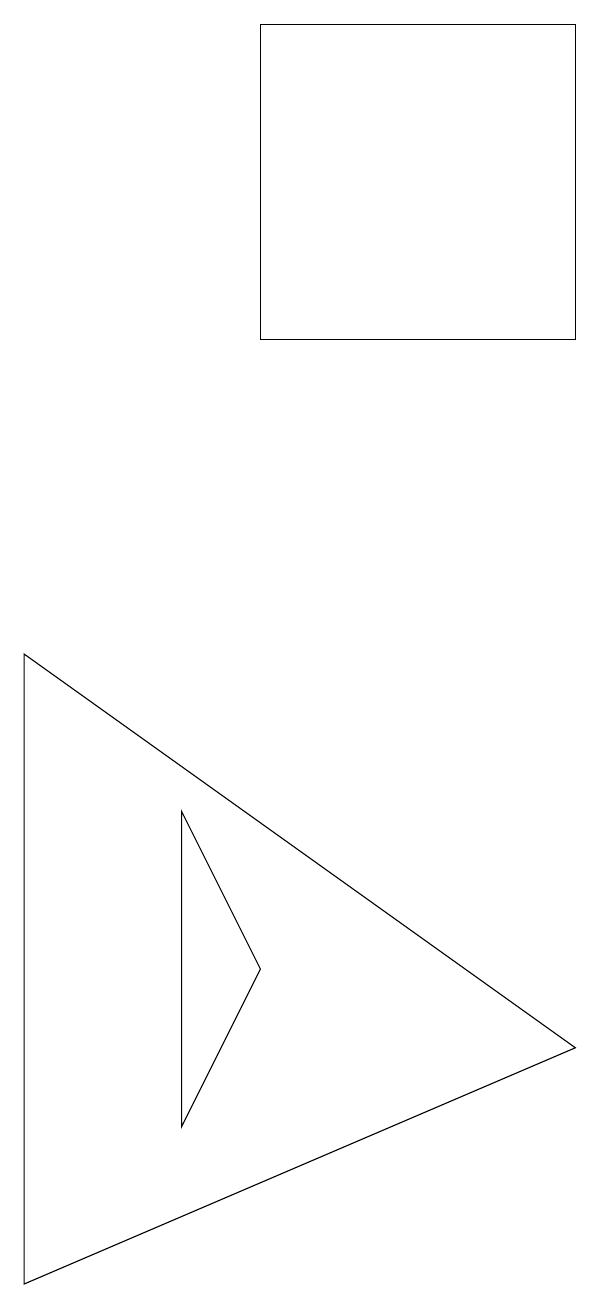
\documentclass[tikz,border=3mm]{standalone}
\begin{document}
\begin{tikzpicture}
\draw (9,3) -- (2,8) -- (2,0) -- cycle;
\draw (9,12) rectangle (5,16);
\draw (4,6) -- (4,2) -- (5,4) -- cycle;
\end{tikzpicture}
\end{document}